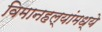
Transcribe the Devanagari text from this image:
विमानहल्यांमध्ये